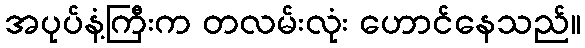
အပုပ်နံ့ကြီးက တလမ်းလုံး ဟောင်နေသည်။